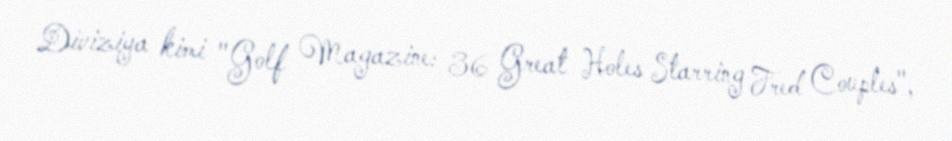
Diviziya kimi "Golf Magazine: 36 Great Holes Starring Fred Couples",